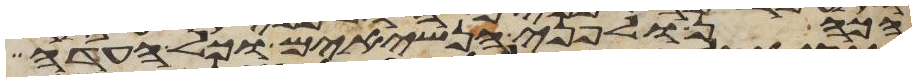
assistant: הכהן ולפני הנשיאים וכל העדה